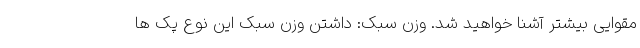
مقوایی بیشتر آشنا خواهید شد. وزن سبک: داشتن وزن سبک این نوع پک ها